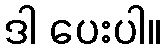
ဒါ ပေးပါ။